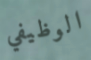
الوظيفي